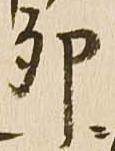
卯